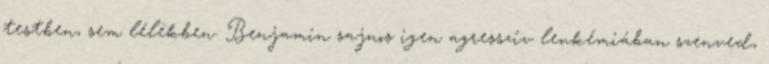
testben, sem lélekben. Benjamin sajnos igen agresszív leukémiában szenved,